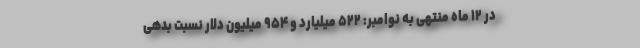
در ۱۲ ماه منتهی به نوامبر: ۵۲۲ میلیارد و ۹۵۴ میلیون دلار نسبت بدهی